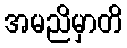
အမညိမှာတိ